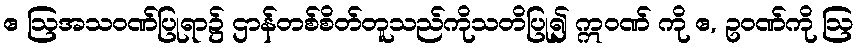
ဧ ဩအသဝဏ်ပြုရာ၌ ဌာန်တစ်စိတ်တူသည်ကိုသတိပြု၍ ဣဝဏ် ကို ဧ, ဥဝဏ်ကို ဩ